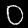
Digit: 0